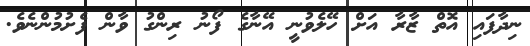
ނިދާފައި އޮތް ޒާރާ އަށް ހޭލެވުނީ އޭނާގެ ފޯނު ރިންގު ވާން ފެށުމުންނެވެ.